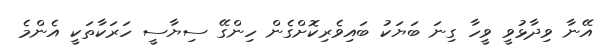
އޭނާ ވިދާޅުވީ ވީހާ ގިނަ ބަޔަކު ބައިވެރިކޮށްގެން ހިންގޭ ސިޔާސީ ހަރަކާތަކީ އެންމެ